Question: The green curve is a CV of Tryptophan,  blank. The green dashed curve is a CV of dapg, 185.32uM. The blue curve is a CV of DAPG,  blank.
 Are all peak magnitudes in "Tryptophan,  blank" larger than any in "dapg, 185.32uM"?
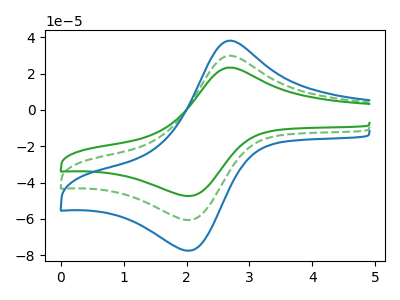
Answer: <think>The green curve "Tryptophan,  blank" has an anodic peak at (2.65V, 23.25uA) and a cathodic peak at (2.05V, -47.45uA). The green dashed curve "dapg, 185.32uM" has an anodic peak at (2.65V, 29.75uA) and a cathodic peak at (2.05V, -60.70uA). The blue curve "DAPG,  blank" has an anodic peak at (2.65V, 59.50uA) and a cathodic peak at (2.05V, -121.35uA).</think>
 <answer>Every peak in "Tryptophan,  blank" is lower than every peak in "dapg, 185.32uM".</answer>
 <eval>lower</eval>